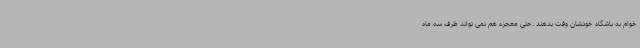
خوام به باشگاه خودشان وقت بدهند .حتی معجزه هم نمی تواند ظرف سه ماه